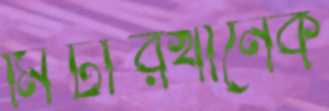
মিটারখানেক